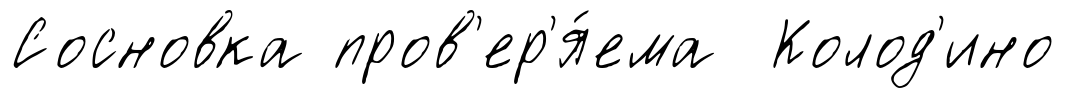
Сосновка пров'ер'я́ема Колод'ино